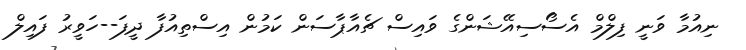
ނިއުމާ ވަނީ ފިލްމް އެސޯސިއޭޝަންގެ ވައިސް ޗެއާޕާސަން ކަމުން އިސްތިއުފާ ދީފަ--ހަވީރު ފައިލް